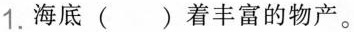
1.海底( )着丰富的物产。